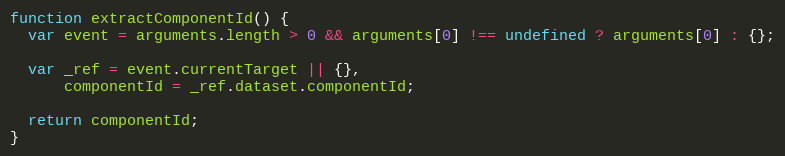
Language: JavaScript
function extractComponentId() {
  var event = arguments.length > 0 && arguments[0] !== undefined ? arguments[0] : {};

  var _ref = event.currentTarget || {},
      componentId = _ref.dataset.componentId;

  return componentId;
}